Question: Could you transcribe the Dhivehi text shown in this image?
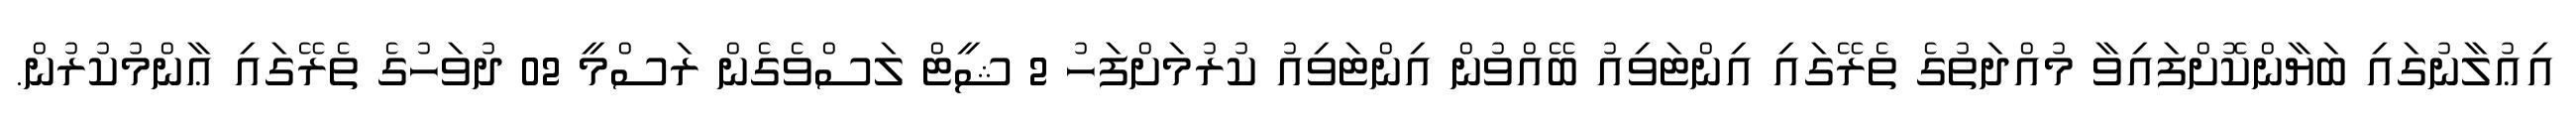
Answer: އިޢުލާނުގައި ބަޔާންކޮށްފައިވާ މުއްދަތުގެ ތެރޭގައި އިންޓަވިއު ބޭއްވުން އިންޓަވިއު ކުރުމަށްފަހު 2 ޝީޓް ލަސްވެގެން ރަސްމީ 02 ދުވަހުގެ ތެރޭގައި ޢާންމުކުރުން.